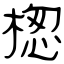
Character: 楤